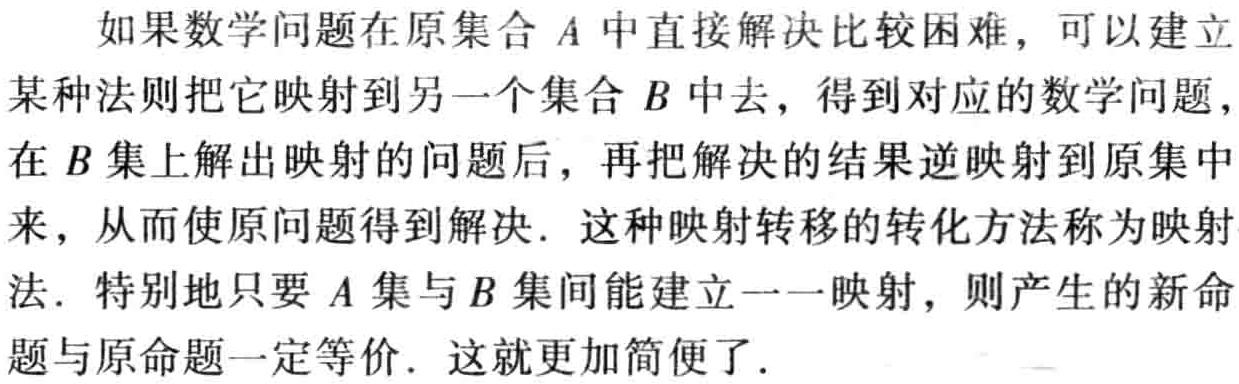
如果数学问题在原集合 \(A\) 中直接解决比较困难，可以建立某种法则把它映射到另一个集合 \(B\) 中去，得到对应的数学问题，在 \(B\) 集上解出映射的问题后，再把解决的结果逆映射到原集中来，从而使原问题得到解决. 这种映射转移的转化方法称为映射法. 特别地只要 \(A\) 集与 \(B\) 集间能建立一一映射，则产生的新命题与原命题一定等价. 这就更加简便了.